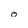
Character: o